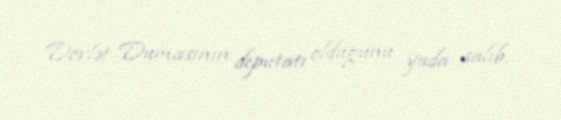
Dövlət Dumasının deputatı olduğunu yada salıb.